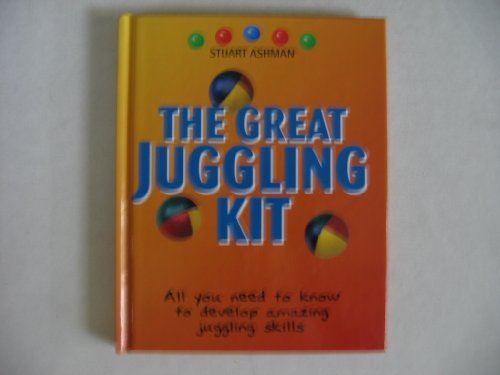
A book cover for Great Juggling Kit Book Only No Kit; Stuart Ashman; Sports & Outdoors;